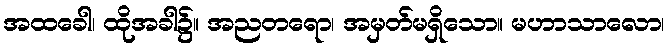
အထခေါ၊ ထိုအခါ၌။ အညတရော၊ အမှတ်မရှိသော။ မဟာသာလော၊